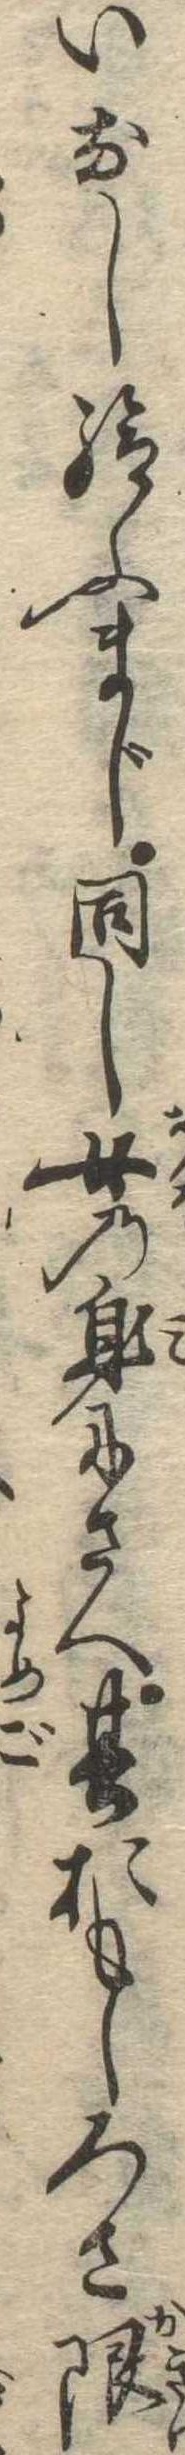
いなし給ふまじ同し女の身にさへ其おもしろさ限